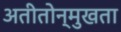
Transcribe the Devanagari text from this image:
अतीतोन्मुखता